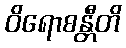
ဝိရောစန္တီတိ